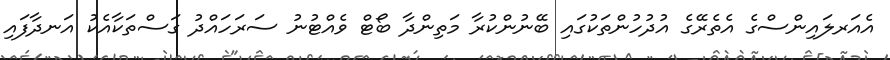
އެއަރލައިންސްގެ އެތެރޭގެ އުދުހުންތަކުގައި ބޭނުންކުރާ މަތިންދާ ބޯޓް ވެއްޓުނު ސަރަހައްދު ގަސްތަކާއެކު އަނދާފައި